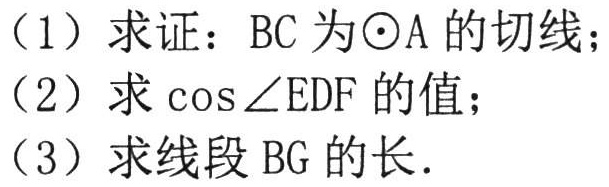
（1）求证：$BC$为$\odot A$的切线；
（2）求$\cos\angle EDF$的值；
（3）求线段$BG$的长.